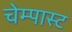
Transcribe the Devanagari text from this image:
चेम्पास्ट